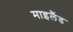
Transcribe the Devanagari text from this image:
माइलैंड